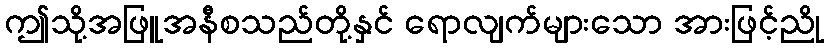
ဤသို့အဖြူအနီစသည်တို့နှင် ရောလျက်များသော အားဖြင့်ညို